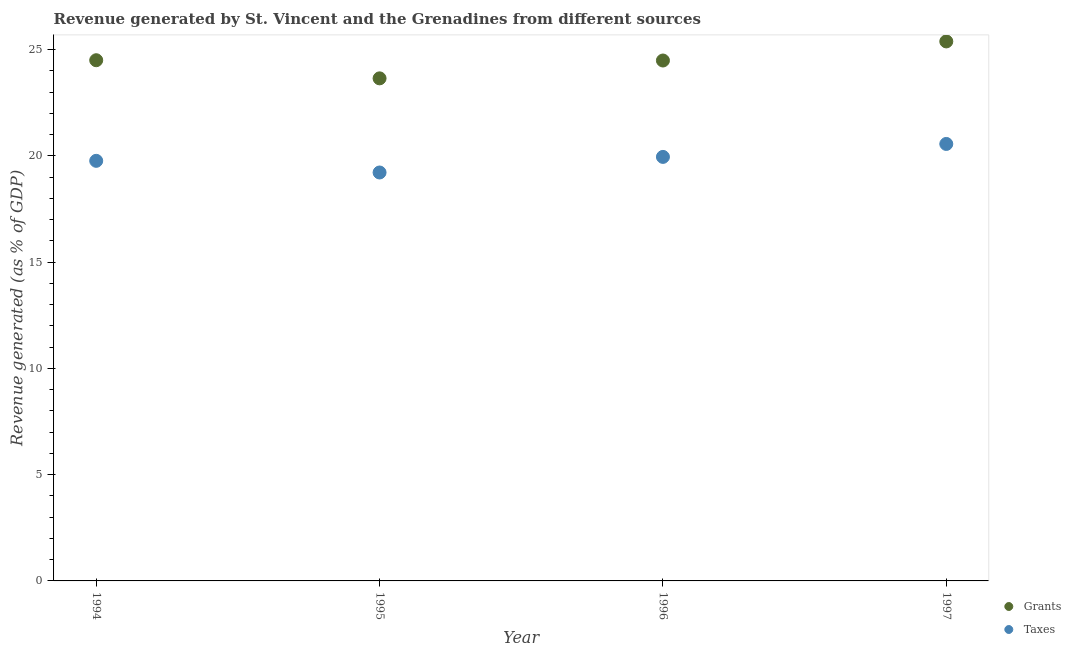
| Year | Grants | Taxes |
 | --- | --- | --- |
 | 1994 | 24.5 | 19.8 |
 | 1995 | 23.7 | 19.2 |
 | 1996 | 24.5 | 20 |
 | 1997 | 25.4 | 20.6 |